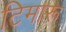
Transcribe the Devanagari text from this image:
टिमारू